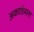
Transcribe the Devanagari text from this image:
अकाडियाना